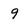
Character: 9